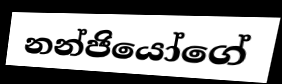
නන්ජියෝගේ